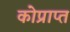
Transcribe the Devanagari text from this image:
कोप्राप्त